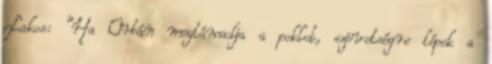
Lakos: "Ha Orbán megtámadja a poklot, szövetségre lépek a